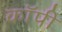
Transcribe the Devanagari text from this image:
काॅपी